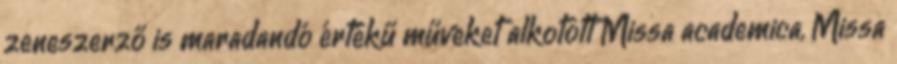
zeneszerző is maradandó értékű műveket alkotott Missa academica, Missa